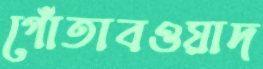
গোঁতাবওয়াদ